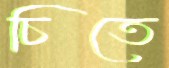
চিতে